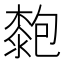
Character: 㯡